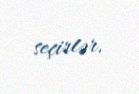
seçirlər.